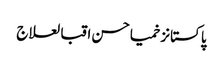
پاکستانزخمیاحسن اقبالعلاج